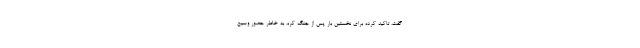
گفت، تاکید کرده برای نخستین بار پس از جنگ کره، به خاطر حضور وسیع